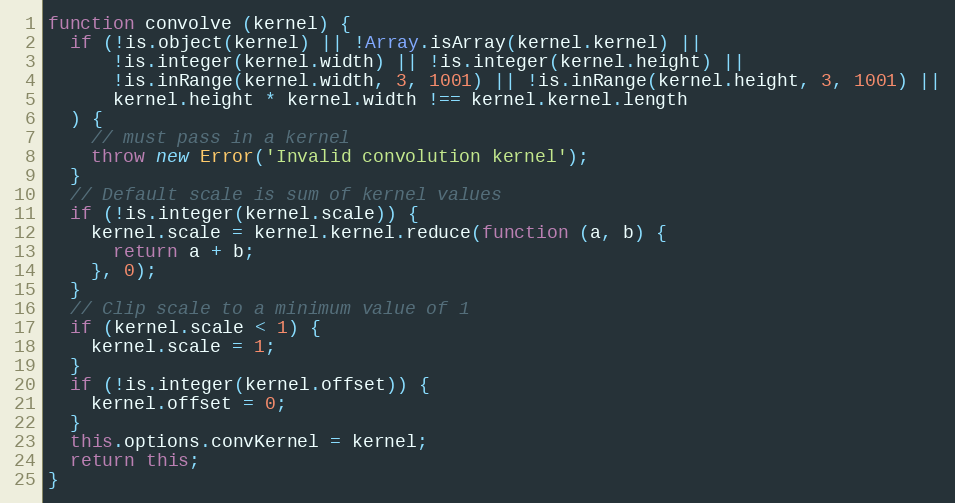
Language: JavaScript
function convolve (kernel) {
  if (!is.object(kernel) || !Array.isArray(kernel.kernel) ||
      !is.integer(kernel.width) || !is.integer(kernel.height) ||
      !is.inRange(kernel.width, 3, 1001) || !is.inRange(kernel.height, 3, 1001) ||
      kernel.height * kernel.width !== kernel.kernel.length
  ) {
    // must pass in a kernel
    throw new Error('Invalid convolution kernel');
  }
  // Default scale is sum of kernel values
  if (!is.integer(kernel.scale)) {
    kernel.scale = kernel.kernel.reduce(function (a, b) {
      return a + b;
    }, 0);
  }
  // Clip scale to a minimum value of 1
  if (kernel.scale < 1) {
    kernel.scale = 1;
  }
  if (!is.integer(kernel.offset)) {
    kernel.offset = 0;
  }
  this.options.convKernel = kernel;
  return this;
}